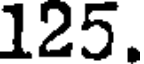
125.